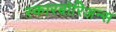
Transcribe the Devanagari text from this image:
स्कारबोरिअन्स